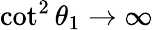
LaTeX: \cot^{2}{\theta_{1}}\to\infty